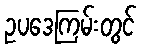
ဥပဒေကြမ်းတွင်